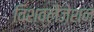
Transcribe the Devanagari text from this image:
विश्व्लैज़ेशन